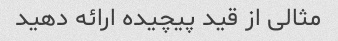
مثالی از قید پیچیده ارائه دهید